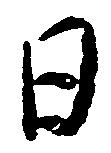
日